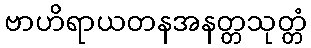
ဗာဟိရာယတနအနတ္တသုတ္တံ